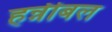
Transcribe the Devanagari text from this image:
हन्नीबल